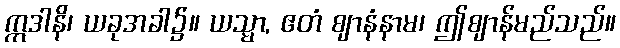
ဣဒါနိ၊ ယခုအခါ၌။ ယသ္မာ, ဧတံ ဈာနံနာမ၊ ဤဈာန်မည်သည်။